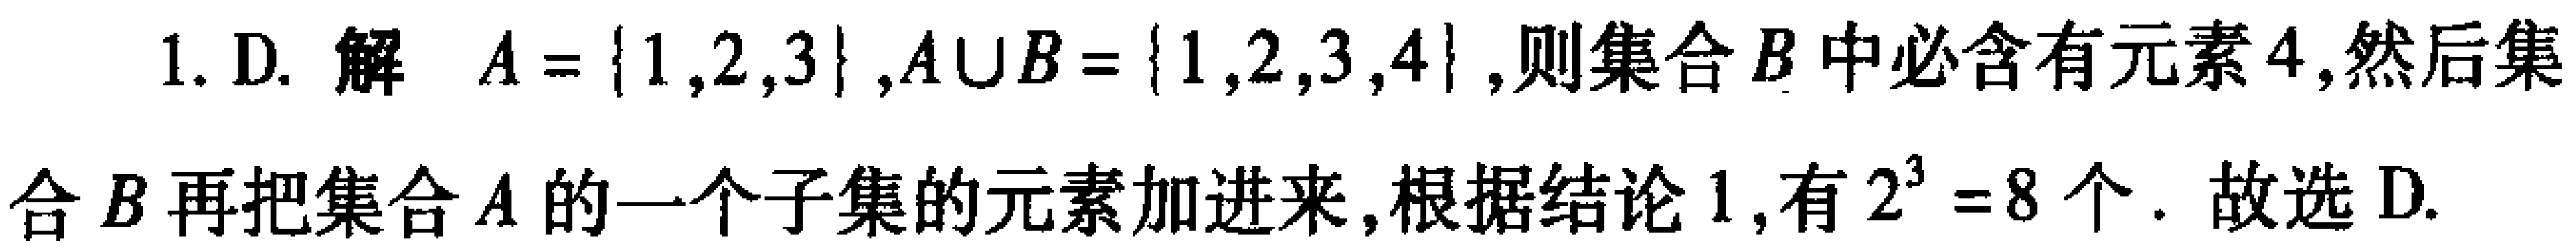
1. D. 解 \(A = \{1,2,3\},A\cup B = \{1,2,3,4\}\),则集合 \(B\) 中必含有元素 \(4\),然后集合 \(B\) 再把集合 \(A\) 的一个子集的元素加进来,根据结论 \(1\),有 \(2^{3}=8\) 个. 故选 D.